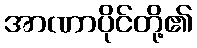
အာဏာပိုင်တို့၏